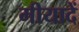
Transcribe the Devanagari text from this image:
मीयादें